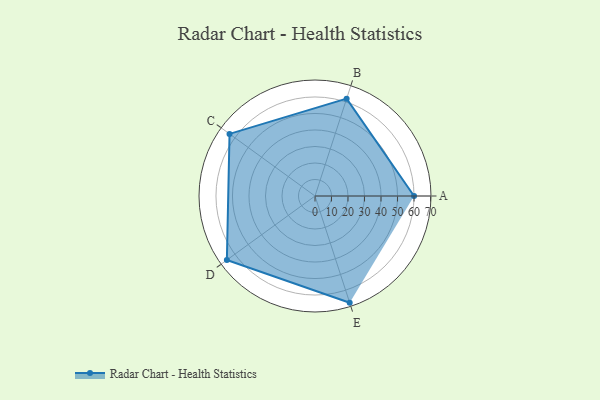
{"axis": {"x": "Skill", "y": "Score"}, "legend": ["Profile"], "data": [{"x": "A", "y": 60.0, "type": "Profile"}, {"x": "B", "y": 62.0, "type": "Profile"}, {"x": "C", "y": 64.0, "type": "Profile"}, {"x": "D", "y": 66.0, "type": "Profile"}, {"x": "E", "y": 68.0, "type": "Profile"}]}